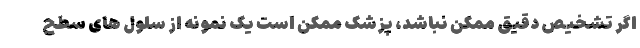
اگر تشخیص دقیق ممکن نباشد، پزشک ممکن است یک نمونه از سلول های سطح